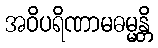
အဝိပရိဏာမဓမ္မန္တိ